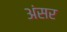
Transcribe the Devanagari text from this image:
अंसर